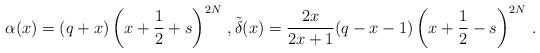
LaTeX: \begin{align*} \alpha(x)=(q+x)\left(x+\frac{1}{2}+s\right)^{2N} \,, \tilde \delta(x)=\frac{2x}{2x+1}(q-x-1)\left(x+\frac{1}{2}-s\right)^{2N}\,.\end{align*}